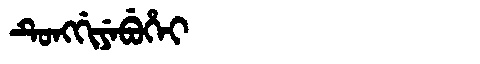
Manchu: ᡨᡠᠩᡤᡳᠶᡝᠪᡠᡥᡝᡳ
Romanization: TUNGGIYEBUHEI